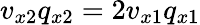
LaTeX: v_{x2}q_{x2}=2v_{x1}q_{x1}